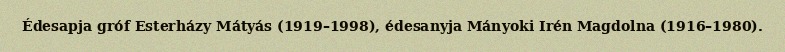
Édesapja gróf Esterházy Mátyás (1919–1998), édesanyja Mányoki Irén Magdolna (1916–1980).